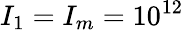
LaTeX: I_{1}=I_{m}=10^{12}